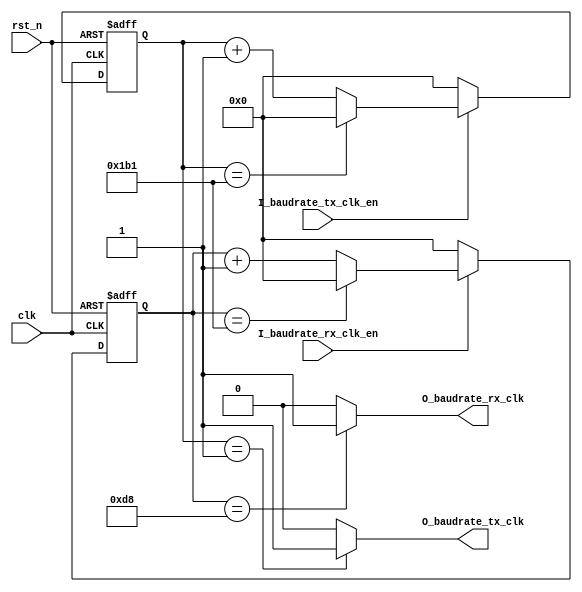
//############################################################################
//++++++++++++++++++++++++++++++++++++++++++++++++++++++++++++++++++++++++++++
//   Module Name : baudrate_gen
//++++++++++++++++++++++++++++++++++++++++++++++++++++++++++++++++++++++++++++
//############################################################################
module baudrate_gen( // input
					 clk,
					 rst_n,
					 I_baudrate_tx_clk_en,
					 I_baudrate_rx_clk_en,
					 // ouput
					 O_baudrate_tx_clk,
					 O_baudrate_rx_clk
					 );
					 
//================================================================
//  INPUT AND OUTPUT DECLARATION                         
//================================================================
input  clk, rst_n;
input  I_baudrate_tx_clk_en;
input  I_baudrate_rx_clk_en;

output O_baudrate_tx_clk;
output O_baudrate_rx_clk;

//================================================================
//  parameters & integer
//================================================================
//*************************** intro ****************************//
// system clk is 50MHz => 20ns. if take baud9600 the cycle      //
// period is (1/9600) / 20ns = 5207 							//
//*************************** intro ****************************//
parameter C_baud9600   = 5207; 				// baud = 9600
parameter C_baud19200  = 2603;              // baud = 19200
parameter C_baud38400  = 1304;              // baud = 38400
parameter C_baud57600  = 867;               // baud = 57600
parameter C_baud115200 = 433;               // baud = 115200

parameter C_baud_sel = C_baud115200;			// baud sel

//================================================================
//  Wires & Registers
//================================================================
reg [13:0] baud_tx_cnt;
reg [13:0] baud_rx_cnt;

//================================================================
//  UART_TX module clk generate 
//================================================================
always @(posedge clk or negedge rst_n) begin
	if(!rst_n)
		baud_tx_cnt <= 13'd0;
	else if(I_baudrate_tx_clk_en) begin
		if(baud_tx_cnt == C_baud_sel)
			baud_tx_cnt <= 13'd0;
		else
			baud_tx_cnt <= baud_tx_cnt + 1'b1;
	end
	else
		baud_tx_cnt <= 13'd0;
	
end

assign O_baudrate_tx_clk = (baud_tx_cnt == 13'd1) ? 1'b1 : 1'b0;

//================================================================
//  UART_RX module clk generate 
//================================================================
always @(posedge clk or negedge rst_n) begin
	if(!rst_n)
		baud_rx_cnt <= 13'd0;
	else if(I_baudrate_rx_clk_en) begin
		if(baud_rx_cnt == C_baud_sel)
			baud_rx_cnt <= 13'd0;
		else
			baud_rx_cnt <= baud_rx_cnt + 1'b1;
	end
	else
		baud_rx_cnt <= 13'd0;
	
end

assign O_baudrate_rx_clk = (baud_rx_cnt == C_baud_sel >> 1'b1) ? 1'b1 : 1'b0;

endmodule